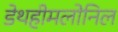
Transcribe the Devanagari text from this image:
डेथहीमलोनिल